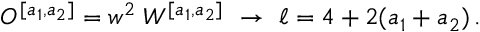
{ \cal O } ^ { [ a _ { 1 } , a _ { 2 } ] } = w ^ { 2 } \; W ^ { [ a _ { 1 } , a _ { 2 } ] } \ \rightarrow \ \ell = 4 + 2 ( a _ { 1 } + a _ { 2 } ) \, .